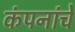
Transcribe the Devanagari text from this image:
कंपनांचे